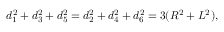
d _ { 1 } ^ { 2 } + d _ { 3 } ^ { 2 } + d _ { 5 } ^ { 2 } = d _ { 2 } ^ { 2 } + d _ { 4 } ^ { 2 } + d _ { 6 } ^ { 2 } = 3 ( R ^ { 2 } + L ^ { 2 } ) ,